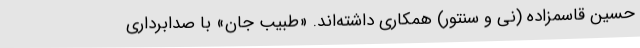
حسین قاسمزاده (نی و سنتور) همکاری داشته‌اند. «طبیب جان» با صدابرداری